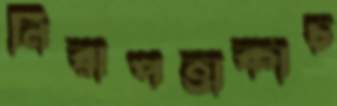
নিরাপত্তাকাচ